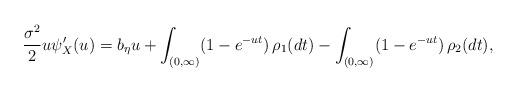
LaTeX: \begin{align*} \frac{\sigma^2}{2} u \psi_X'(u) = b_\eta u + \int_{(0,\infty)} (1-e^{-ut}) \,\rho_1(dt) - \int_{(0,\infty)} (1-e^{-ut}) \, \rho_2(dt),\end{align*}